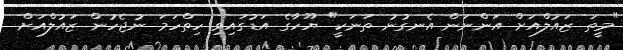
"މީތަ ޒައުލްއަށް އަންނަން އެނގުނު ތަނަކީ" ޔޫހާގެ އަޑުގައިވި ހިތްހަމަ ނުޖެހުން ޒައުލްއަށް